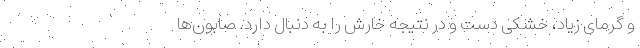
و گرمای زیاد، خشکی دست و در نتیجه خارش را به‌ دنبال دارد. صابون‌ها